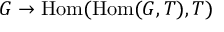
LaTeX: G \to \operatorname { H o m } ( \operatorname { H o m } ( G , T ) , T )